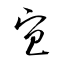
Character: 宐